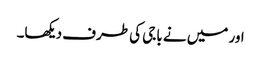
اور میں نے باجی کی طرف دیکھا۔